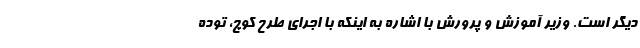
دیگر است. وزیر آموزش و پرورش با اشاره به اینکه با اجرای طرح کوچ، توده